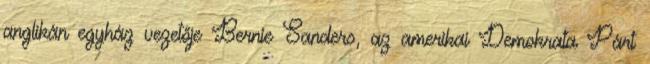
anglikán egyház vezetője Bernie Sanders, az amerikai Demokrata Párt